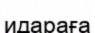
идараға